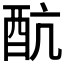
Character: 𨟼